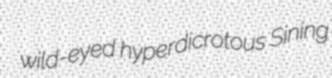
wild-eyed hyperdicrotous Sining